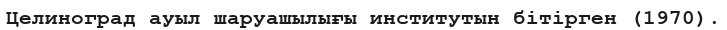
Целиноград ауыл шаруашылығы институтын бітірген (1970).